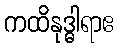
ကထိနုဒ္ဓါရာဧ